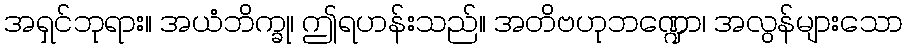
အရှင်ဘုရား။ အယံဘိက္ခု၊ ဤရဟန်းသည်။ အတိဗဟုဘဏ္ဍော၊ အလွန်များသော